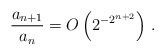
LaTeX: \begin{align*}\frac{a_{n+1}}{a_n} = O \left( 2^{-2^{n+2}} \right) \, .\end{align*}